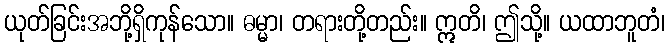
ယုတ်ခြင်းအဘို့ရှိကုန်သော။ ဓမ္မာ၊ တရားတို့တည်း။ ဣတိ၊ ဤသို့။ ယထာဘူတံ၊